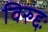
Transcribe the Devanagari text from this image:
विरुद्दः